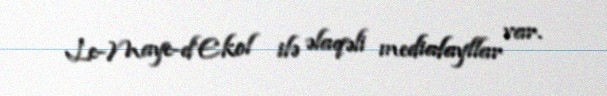
Le-Maye-d’Ekol ilə əlaqəli mediafayllar var.